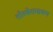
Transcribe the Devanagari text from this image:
तोरवेरामायण